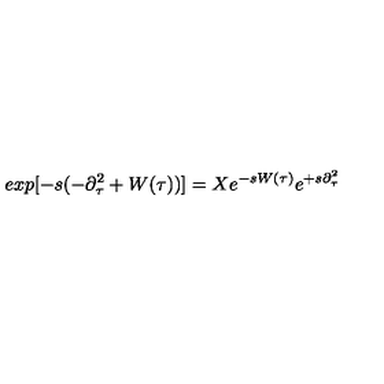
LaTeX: e x p [ - s ( - \partial _ { \tau } ^ { 2 } + W ( \tau ) ) ] = X e ^ { - s W ( \tau ) } e ^ { + s \partial _ { \tau } ^ { 2 } }